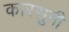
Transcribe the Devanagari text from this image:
कारसुनी